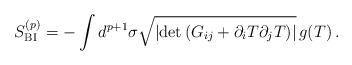
LaTeX: \begin{align*} S_{\rm BI}^{(p)} = -\int d^{p+1}\sigma \sqrt{ |{\rm det}\, ({G}_{ij} + \partial_iT\partial_jT)|}\,g(T)\,.\end{align*}